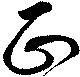
正